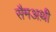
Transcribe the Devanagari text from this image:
सैमअथ़ी